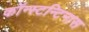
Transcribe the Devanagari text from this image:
कॉन्स्टन्टिनास